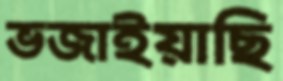
ভজাইয়াছি